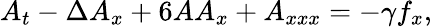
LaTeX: A_{t}-\Delta A_{x}+6AA_{x}+A_{xxx}=-\gamma f_{x},